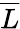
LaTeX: \overline{{L}}